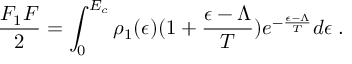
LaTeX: { \frac { F _ { 1 } F } { 2 } } = \int _ { 0 } ^ { E _ { c } } \rho _ { 1 } ( \epsilon ) ( 1 + { \frac { \epsilon - \Lambda } { T } } ) e ^ { - { \frac { \epsilon - \Lambda } { T } } } d \epsilon \; .